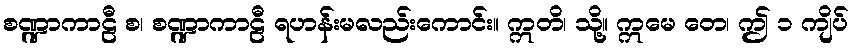
စဏ္ဍာကာဠီ စ၊ စဏ္ဍာကာဠီ ရဟန်းမလည်းကောင်း။ ဣတိ၊ သို့။ ဣမေ တေ၊ ဤ ၁ ကျိပ်